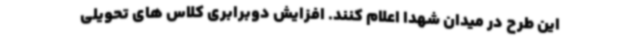
این طرح در میدان شهدا اعلام کنند. افزایش دوبرابری کلاس های تحویلی